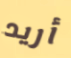
أريد